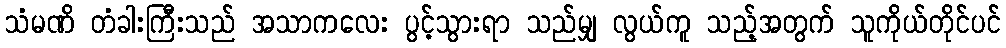
သံမဏိ တံခါးကြီးသည် အသာကလေး ပွင့်သွားရာ သည်မျှ လွယ်ကူ သည့်အတွက် သူကိုယ်တိုင်ပင်